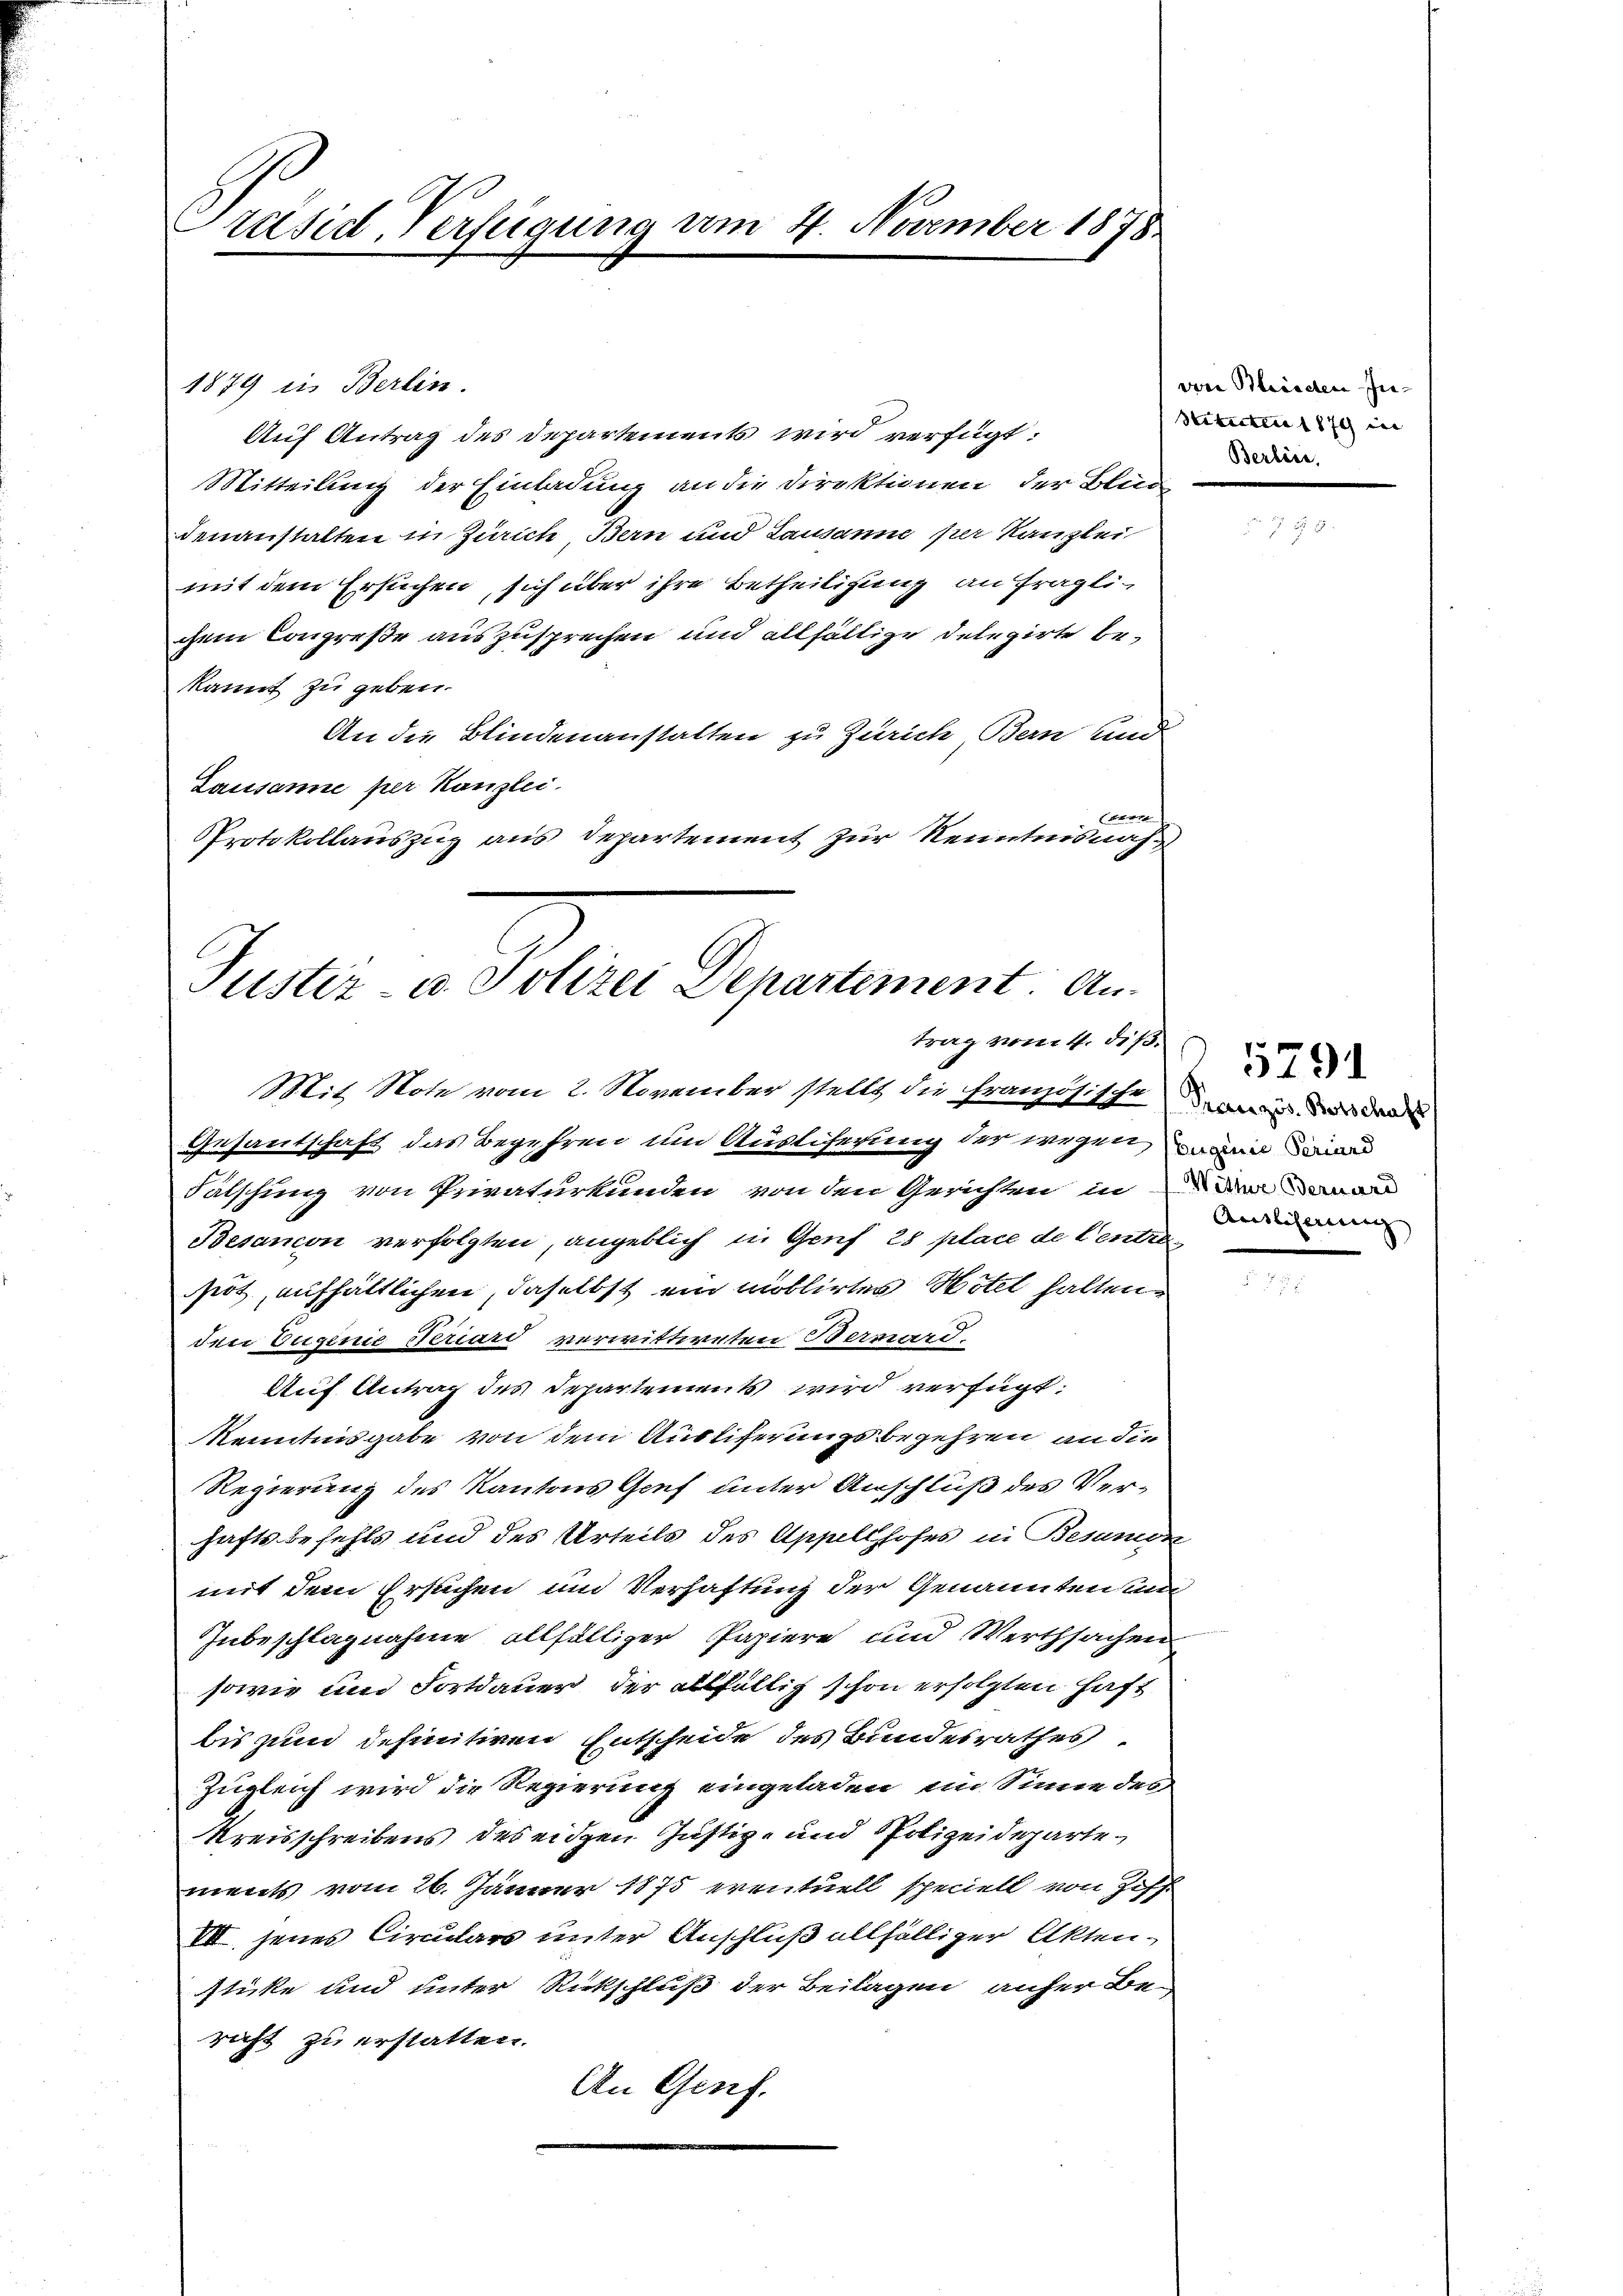
Präsid Verfügung am 4. November 1878

1879 in Berlin.
Auf Antrag des Departements wird verfügt:
Mitteilung der Einladung an die Direktionen der Blun
denanstalten in Zürich, Bern und Lausanne per Kanzlei
mit dem Ersuchen, sich über ihre Betheiligung an fraglidem Congreße auszusprechen und allfältige Delegirte bekannt zu geben.
An die Blindenanstalten zu Zürich, Bern und
Lausanne per Kanzlei.
r
Protokollauszug aus Departement zur Kenntnisnah¬

Justiz u. Polizei Departement. An-
trag vom 4. diß.
Mit Note vom 2. November stellt die Französischend das da

von Blinden In¬
Stituten 1879 in
Berline.

Gesandschaft das Begehren um Auslicherung der wegen ain and
Fälschung von Privaturkunden von den Gerichten in and
Besanon verfolgten, angeblich in Genf 28 place de Centre
heit, aufhältlichen, daselbst ein mollirtes Hotel halten,
den Eugenie Seriard verwittweten Bermard-
Auf Antrag des Departements wird verfügt:
Kenntnisgabe von dem Auslieferungsbegehren an die
Regierung des Kantons Genf unter Anschluß des Verhaftsbefehls und des Urteils des Appellhofes in Besung
mit dem Ersuchen und Verhaftung der Genannten un
Inbeschlagnahme allfälliger Papiere und Werthsachen
sowie und Fortdauer der allfällig schon erfolgten Haft
bis zum definitiven Entscheide des Bundesrathes
Zugleich wird die Regierung eingeladen, im Sinne des
Kreisschreibens des eidgen Justiz- und Polizeidepartements vom 26. Jänner 1875 eventuell speciell von Ziff.
VII. jenes Circulars unter Anschluß allfältiger Aktensticke und unter Rückschluß der Beilagen anher Bericht zu erstatten.
An Genf.

Auslierung |

5791